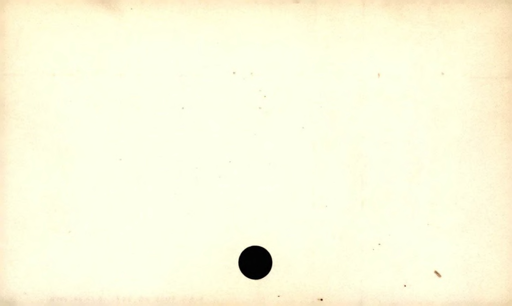
Label: blank